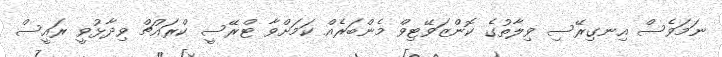
ނަމަވެސް އިނގިރޭސި ވިލާތުގެ ކޮންޒަވޭޓިވް މެންބަރެއް ކަމަށްވާ ޓްރޭސީ ކްރައުޗް ވިދާޅުވީ ރައީސް